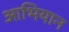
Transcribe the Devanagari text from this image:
आभियान